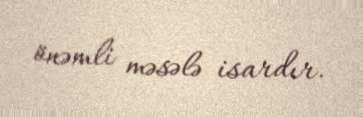
önəmli məsələ isardır.